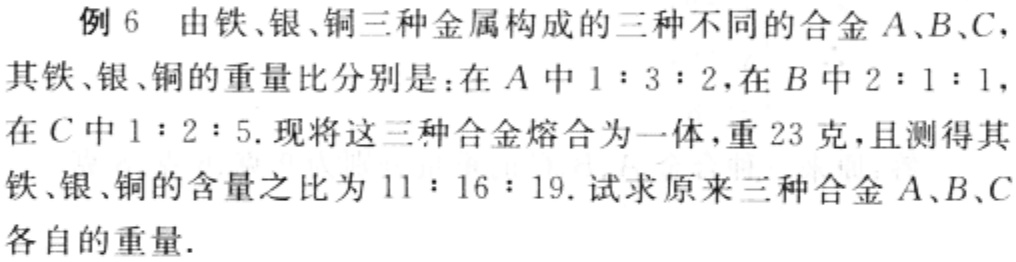
例6 由铁、银、铜三种金属构成的三种不同的合金\(A\)、\(B\)、\(C\)，其铁、银、铜的重量比分别是：在\(A\)中\(1:3:2\)，在\(B\)中\(2:1:1\)，在\(C\)中\(1:2:5\)。现将这三种合金熔合为一体，重\(23\)克，且测得其铁、银、铜的含量之比为\(11:16:19\)。试求原来三种合金\(A\)、\(B\)、\(C\)各自的重量。